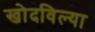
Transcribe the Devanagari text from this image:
खोदविल्या